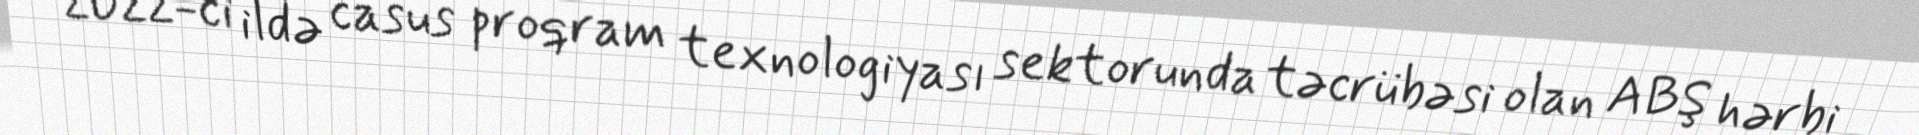
2022-ci ildə casus proqram texnologiyası sektorunda təcrübəsi olan ABŞ hərbi